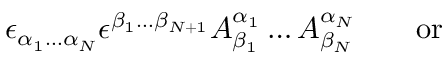
\epsilon _ { \alpha _ { 1 } \ldots \alpha _ { N } } \epsilon ^ { \beta _ { 1 } \ldots \beta _ { N + 1 } } A _ { \beta _ { 1 } } ^ { \alpha _ { 1 } } \ldots A _ { \beta _ { N } } ^ { \alpha _ { N } } \qquad \mathrm { o r } \qquad